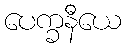
ပေက္ခနီယေ